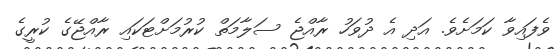
ވެފައިވާ ކަމަށެވެ. އަދި އެ ދުވަހު ރާއްޖެ ސަލާމަތް ކުރުމަށްޓަކައި ރާއްޖޭގެ ކުރީގެ